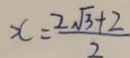
x = \frac { 2 \sqrt { 3 } + 2 } { 2 }